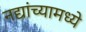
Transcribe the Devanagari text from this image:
नद्यांच्यामध्ये